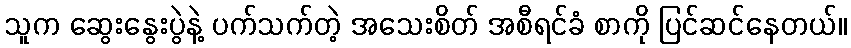
သူက ဆွေးနွေးပွဲနဲ့ ပက်သက်တဲ့ အသေးစိတ် အစီရင်ခံ စာကို ပြင်ဆင်နေတယ်။